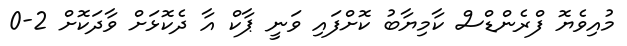
މުއިވެޔޮ ފްރެންޑްސް ކާމިޔާބު ކޮށްފައި ވަނީ ޕާކް އާ ދެކޮޅަށް ވާދަކޮށް 2-0